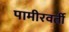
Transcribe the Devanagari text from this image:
पामीरवर्ती